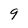
Character: 9